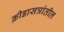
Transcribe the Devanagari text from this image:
क्रीडासत्रांतील